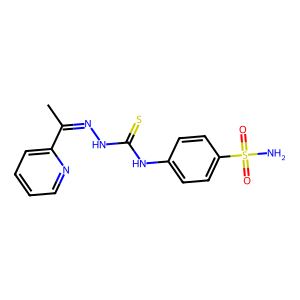
SMILES: CC(=NNC(=S)Nc1ccc(S(N)(=O)=O)cc1)c1ccccn1
Inhibits HIV replication: No